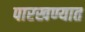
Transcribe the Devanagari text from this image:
पारखण्यात